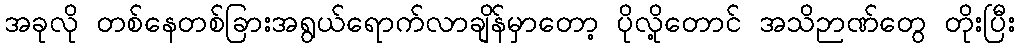
အခုလို တစ်နေတစ်ခြားအရွယ်ရောက်လာချိန်မှာတော့ ပိုလို့တောင် အသိဉာဏ်တွေ တိုးပြီး